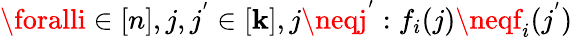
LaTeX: \foralli\in[n],j,j^{'}\in[\mathbf{k}],j\neqj^{'}:f_{i}(j)\neqf_{i}(j^{'})